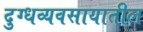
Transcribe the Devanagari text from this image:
दुग्धव्यवसायातील